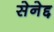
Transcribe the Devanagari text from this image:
सेनेद्द